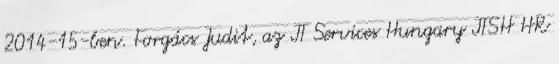
2014-15-ben. Forgács Judit, az IT Services Hungary ITSH HR